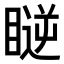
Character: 𥉥